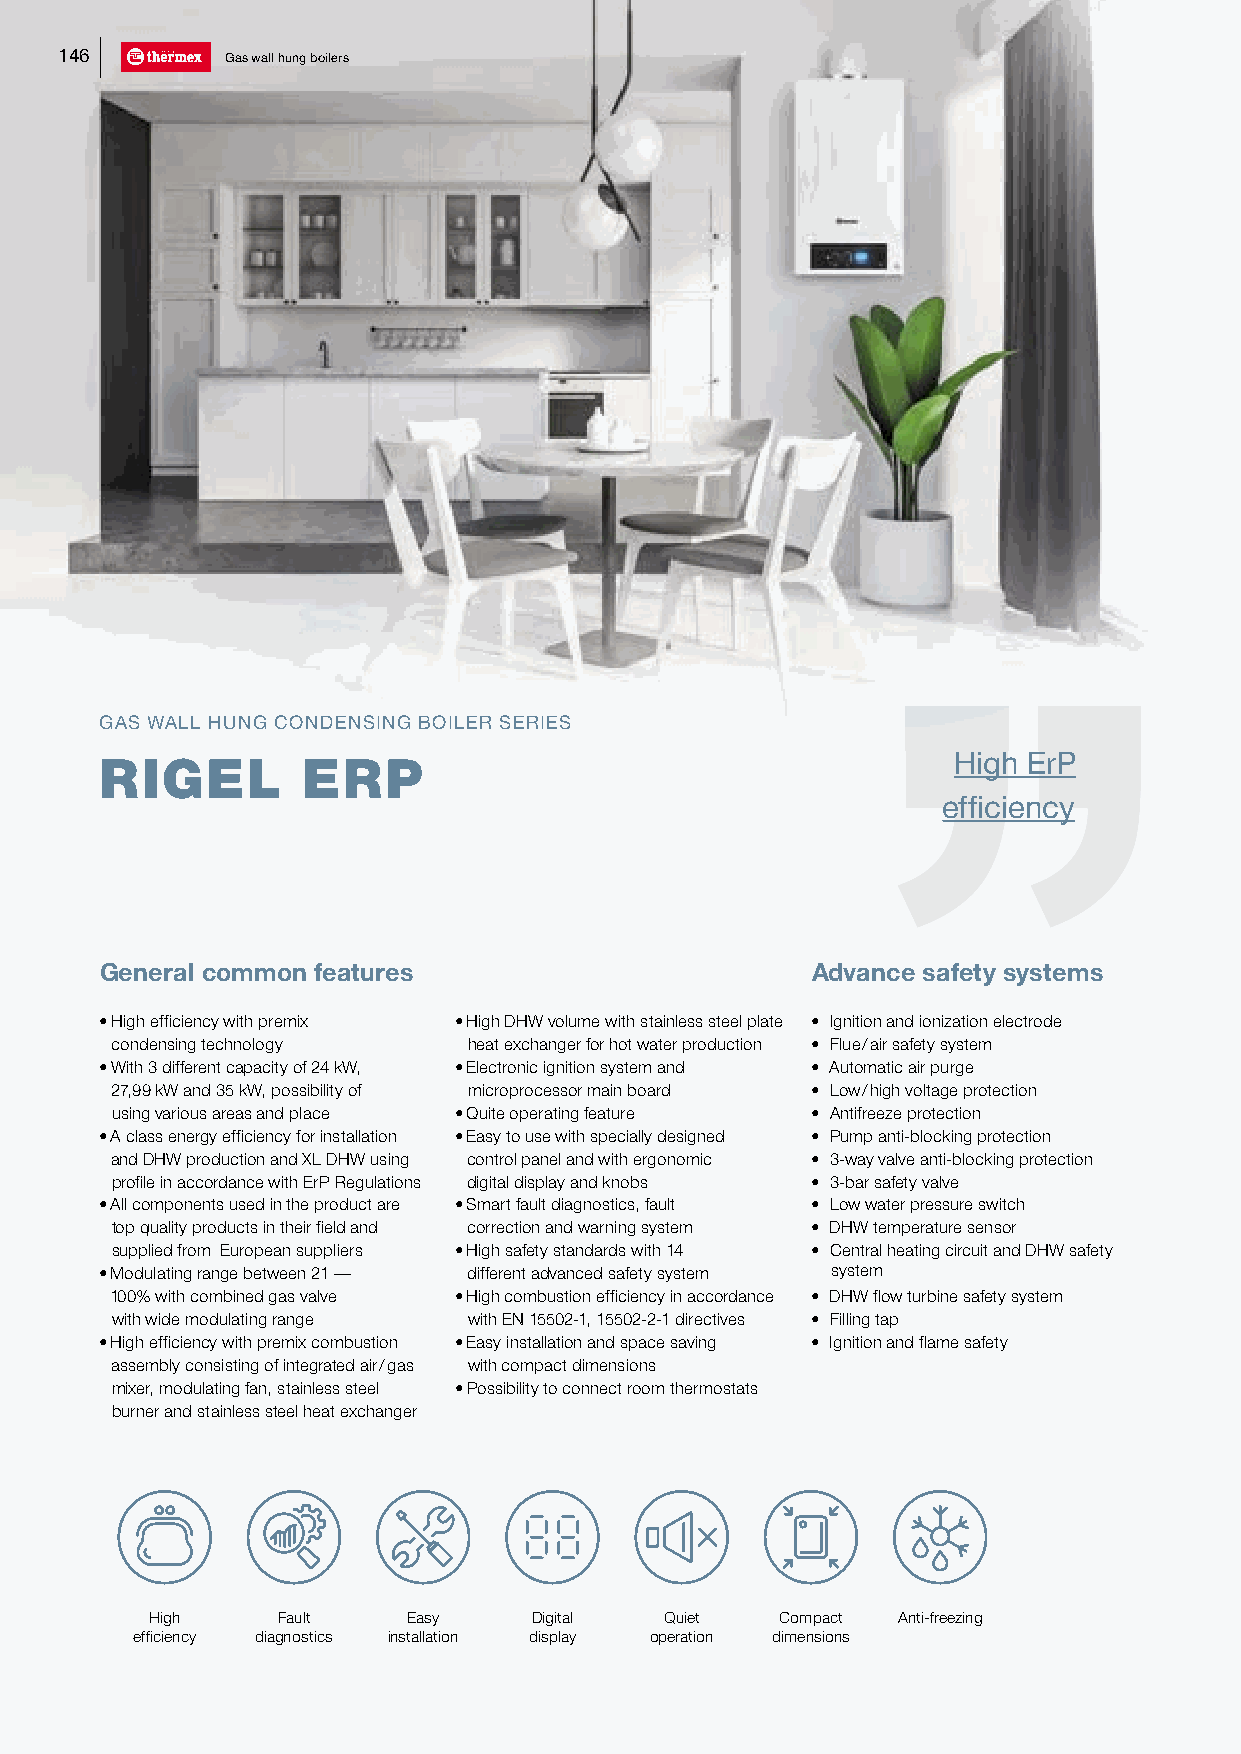
146        Gas wall hung boilers
 GAS WALL HUNG CONDENSING BOILER SERIES
 RIGEL        ERP                                        High ErP
 efficiency
 General common features                        Advance safety systems
 • High efficiency with premix • High DHW volume with stainless steel plate • Ignition and ionization electrode
 condensing technology   heat exchanger for hot water production • Flue / air safety system
 • With 3 different capacity of 24 kW, • Electronic ignition system and • Automatic air purge
 27,99 kW and 35 kW, possibility of microprocessor main board • Low / high voltage protection
 using various areas and place • Quite operating feature • Antifreeze protection
 • A class energy efficiency for installation • Easy to use with specially designed • Pump anti-blocking protection
 and DHW production and XL DHW using control panel and with ergonomic • 3-way valve anti-blocking protection
 profile in accordance with ErP Regulations digital display and knobs • 3-bar safety valve
 • All components used in the product are • Smart fault diagnostics, fault • Low water pressure switch
 top quality products in their field and correction and warning system • DHW temperature sensor
 supplied from European suppliers • High safety standards with 14 • Central heating circuit and DHW safety
 • Modulating range between 21 — different advanced safety system system
 100% with combined gas valve • High combustion efficiency in accordance • DHW flow turbine safety system
 with wide modulating range with EN 15502-1, 15502-2-1 directives • Filling tap
 • High efficiency with premix combustion • Easy installation and space saving • Ignition and flame safety
 assembly consisting of integrated air / gas with compact dimensions
 mixer, modulating fan, stainless steel • Possibility to connect room thermostats
 burner and stainless steel heat exchanger
 High    Fault    Easy    Digital  Quiet   Compact Anti-freezing
 efficiency diagnostics installation display operation dimensions